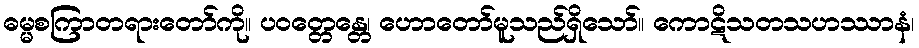
ဓမ္မစကြာတရားတော်ကို။ ပဝတ္တေန္တေ၊ ဟောတော်မူသည်ရှိသော်။ ကောဋိသတသဟဿာနံ၊